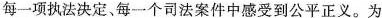
每一项执法决定、每一个司法案件中感受到公平正义。为